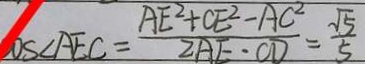
O S \angle A E C = \frac { A E ^ { 2 } + C E ^ { 2 } - A C ^ { 2 } } { 2 A E \cdot C D } = \frac { \sqrt { 5 } } { 5 }